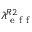
\lambda _ { \mathrm { ~ e ~ f ~ f ~ } } ^ { R 2 }